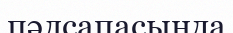
пәлсапасында